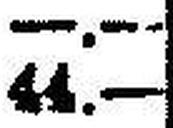
44.—